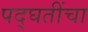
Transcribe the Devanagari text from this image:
पद्घतींचा